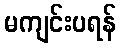
မကျင်းပရန်